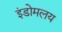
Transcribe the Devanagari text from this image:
इंडोमलय